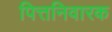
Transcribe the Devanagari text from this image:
पित्तनिवारक